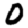
Digit: 0